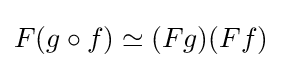
F(g\circ f)\simeq (Fg)(Ff)